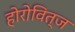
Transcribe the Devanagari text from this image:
होरोवित्ज